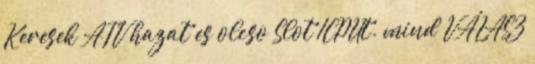
Keresek ATV hazat es olcso Slot 1CPUt. mind VÁLASZ